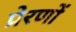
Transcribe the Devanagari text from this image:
प्रेरणों